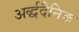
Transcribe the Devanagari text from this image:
अर्द्धदैनिक